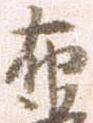
布